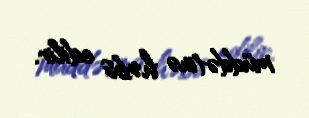
müddətinə həbs edilir.